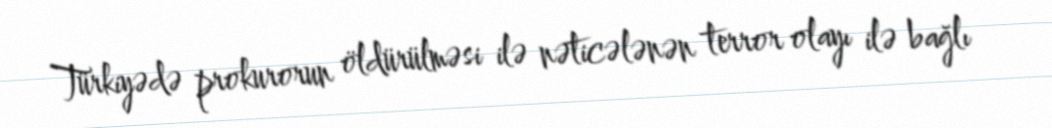
Türkiyədə prokurorun öldürülməsi ilə nəticələnən terror olayı ilə bağlı